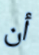
أن